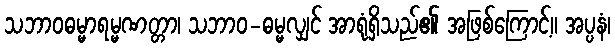
သဘာဝဓမ္မာရမ္မဏတ္တာ၊ သဘာဝ-ဓမ္မလျှင် အာရုံရှိသည်၏ အဖြစ်ကြောင့်။ အပ္ပနံ၊